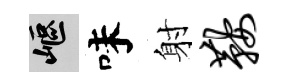
嶇味射鞍